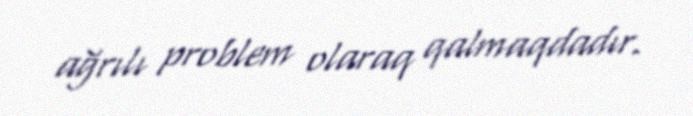
ağrılı problem olaraq qalmaqdadır.